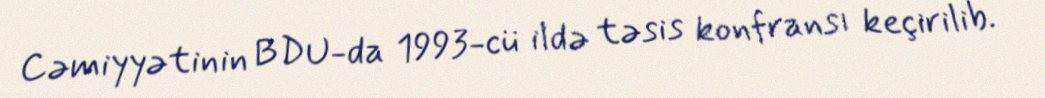
Cəmiyyətinin BDU-da 1993-cü ildə təsis konfransı keçirilib.